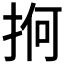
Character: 𢬲